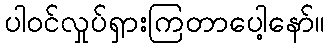
ပါဝင်လှုပ်ရှားကြတာပေါ့နော်။